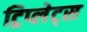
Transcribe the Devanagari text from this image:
ट्रिप्लेट्स